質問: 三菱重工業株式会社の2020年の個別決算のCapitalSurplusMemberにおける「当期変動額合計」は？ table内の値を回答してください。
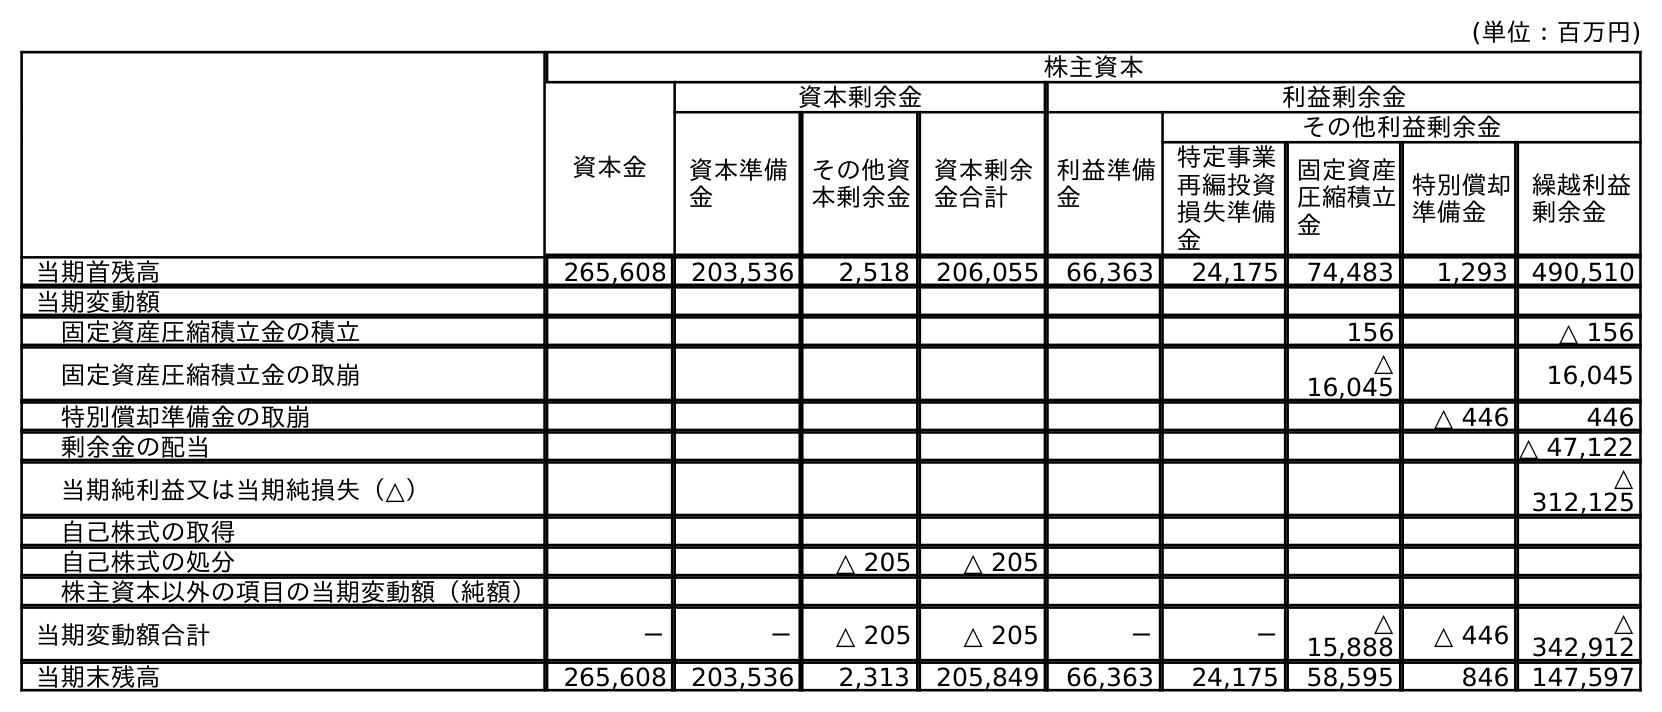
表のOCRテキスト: (単位：百万円) 株主資本 資本金 資本剰余金 利益剰余金 資本準備 金 その他資 本剰余金 資本剰余 金合計 利益準備 金 その他利益剰余金 特定事業 再編投資 損失準備 金 固定資産 圧縮積立 金 特別償却 準備金 繰越利益 剰余金 当期首残高 265,608 203,536 2,518 206,055 66,363 24,175 74,483 1,293 490,510 当期変動額 固定資産圧縮積立金の積立 156 △ 156 固定資産圧縮積立金の取崩 △ 16,045 16,045 特別償却準備金の取崩 △ 446 446 剰余金の配当 △ 47,122 当期純利益又は当期純損失（△） △ 312,125 自己株式の取得 自己株式の処分 △ 205 △ 205 株主資本以外の項目の当期変動額（純額） 当期変動額合計 － － △ 205 △ 205 － － △ 15,888 △ 446 △ 342,912 当期末残高 265,608 203,536 2,313 205,849 66,363 24,175 58,595 846 147,597
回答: △205